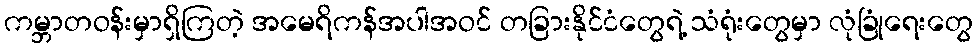
ကမ္ဘာတဝန်းမှာရှိကြတဲ့ အမေရိကန်အပါအဝင် တခြားနိုင်ငံတွေရဲ့ သံရုံးတွေမှာ လုံခြုံရေးတွေ